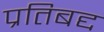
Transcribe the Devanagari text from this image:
प्रतिबद्द